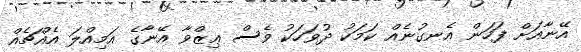
އޭނާއަށް ފަހަން އެނގުނެއް ކަމަކު ދުވަހަކު ވެސް ޢިޒްވާ އޭނާގެ އަމިއްލަ އެއްޗެއް